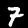
Digit: 7